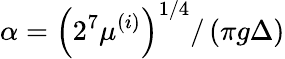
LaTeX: \alpha=\left(2^{7}\mu^{(i)}\right)^{1/4}/\left(\pi g\Delta\right)